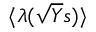
\langle \lambda ( \sqrt { Y } s ) \rangle